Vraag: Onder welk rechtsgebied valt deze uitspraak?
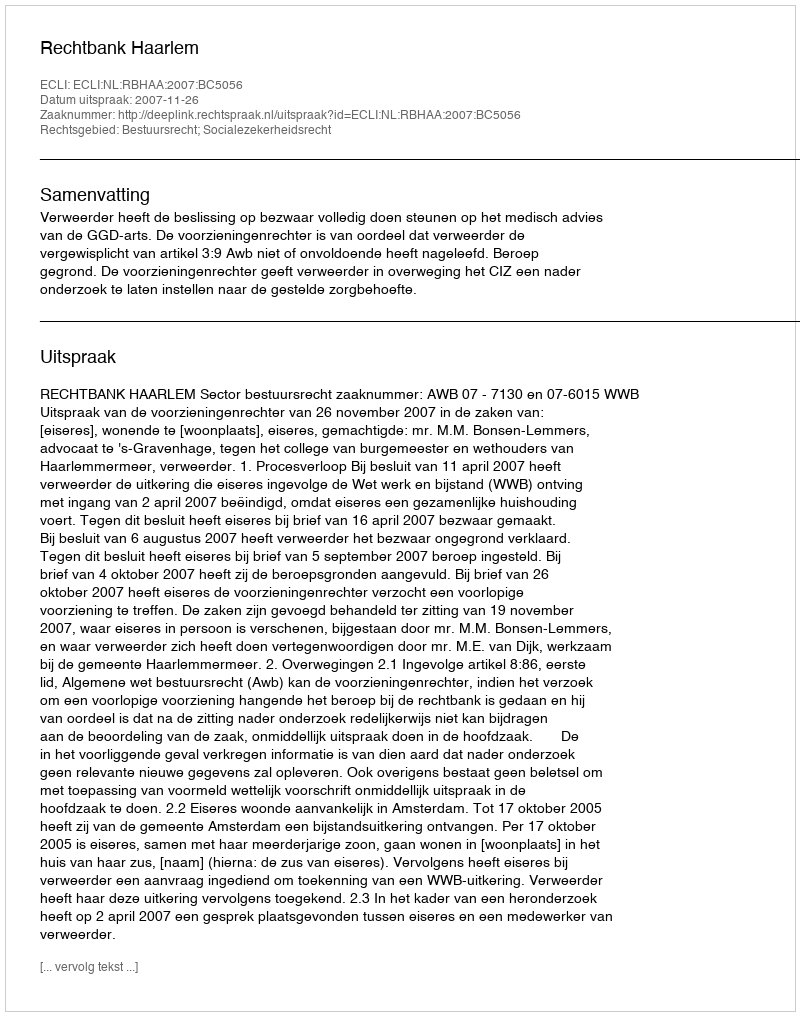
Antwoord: Bestuursrecht; Socialezekerheidsrecht